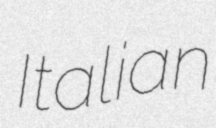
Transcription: Italian